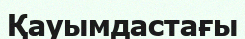
Қауымдастағы